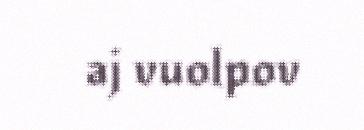
aj vuolpov